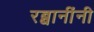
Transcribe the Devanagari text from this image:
रब्बानींनी